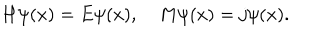
H \psi ( x ) = E \psi ( x ) , \quad M \psi ( x ) = j \psi ( x ) .